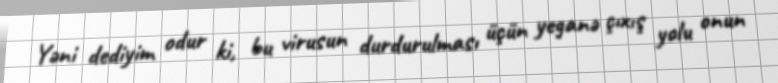
Yəni dediyim odur ki, bu virusun durdurulması üçün yeganə çıxış yolu onun